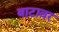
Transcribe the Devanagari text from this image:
बाटावर